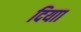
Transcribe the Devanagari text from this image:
दियाा